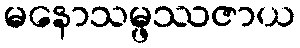
မနောသမ္ဖဿဇာယ